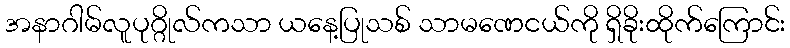
အနာဂါမ်လူပုဂ္ဂိုလ်ကသာ ယနေ့ပြုသစ် သာမဏေငယ်ကို ရှိခိုးထိုက်ကြောင်း